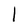
Character: 1